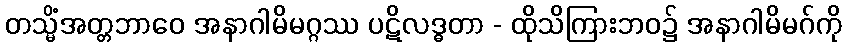
တသ္မိံအတ္တဘာဝေ အနာဂါမိမဂ္ဂဿ ပဋိလဒ္ဓတာ - ထိုသိကြားဘဝ၌ အနာဂါမိမဂ်ကို